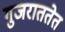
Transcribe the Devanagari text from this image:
गुजराततेत